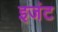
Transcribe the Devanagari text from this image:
इजंट